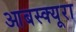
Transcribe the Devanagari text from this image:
आबस्क्यूरा